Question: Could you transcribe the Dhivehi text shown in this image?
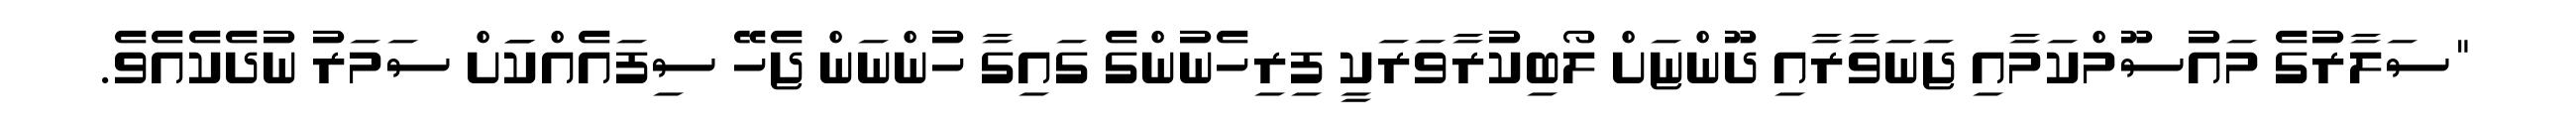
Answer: "ސަލާރުގެ މައުސޫމްކަމާއި ޖަނަވާރާއި ދޫންޏަށް ލޯބިކުރާވަރަކީ ފިރިހެނުންގެ ގައިގާ ހުންނަން ޖެހޭ ސިފައެއްކަަށް ސަމަރު ނުދެކެއެވެ.